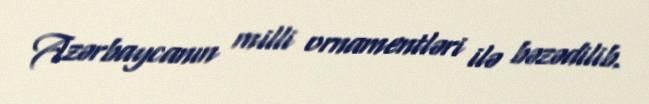
Azərbaycanın milli ornamentləri ilə bəzədilib.